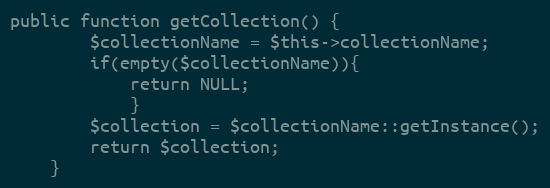
Language: PHP
public function getCollection() {
		$collectionName = $this->collectionName;
		if(empty($collectionName)){
			return NULL;
			}
		$collection = $collectionName::getInstance();
		return $collection;
	}